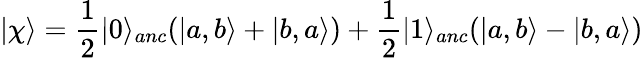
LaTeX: \vert\chi\rangle=\frac{1}{2}\vert 0\rangle_{anc}(\vert a,b\rangle+\vert b,a\rangle)+\frac{1}{2}\vert 1\rangle_{anc}(\vert a,b\rangle-\vert b,a\rangle)